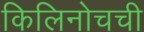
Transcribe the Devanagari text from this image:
किलिनोचची